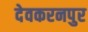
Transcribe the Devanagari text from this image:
देवकरनपुर